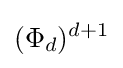
(\Phi _{d})^{d+1}